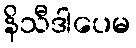
နိသီဒါပေမ